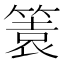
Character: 𥰟